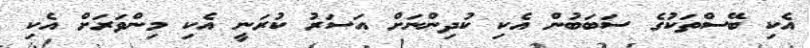
އެކި ބޭސްތަކުގެ ސަބަބުން އެކި ކުދިންނަށް އަސަރު ކުރަނީ އެކި މިންވަރަށް އެކި